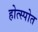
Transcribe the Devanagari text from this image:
होत्स्पोत